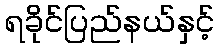
ရခိုင်ပြည်နယ်နှင့်